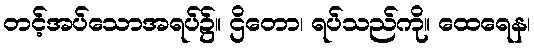
တင့်အပ်သောအရပ်၌။ ဌိတော၊ ရပ်သည်ကို။ ထေရေန၊